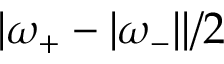
| \omega _ { + } - | \omega _ { - } | | / 2